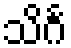
သိင်္ဂ